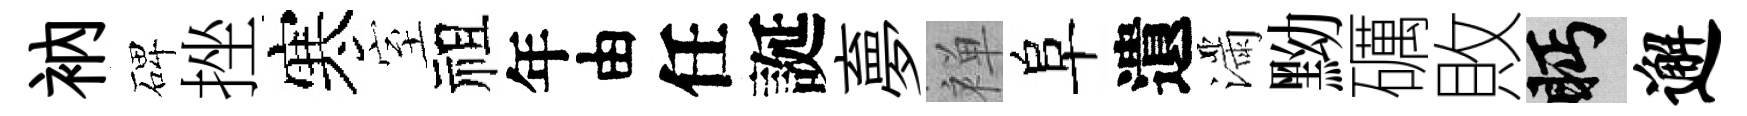
衲碑挫寒室祖年由任誕夣禅阜遺滿黝礪敗眄邂